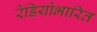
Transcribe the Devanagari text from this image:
रेडियोभारित